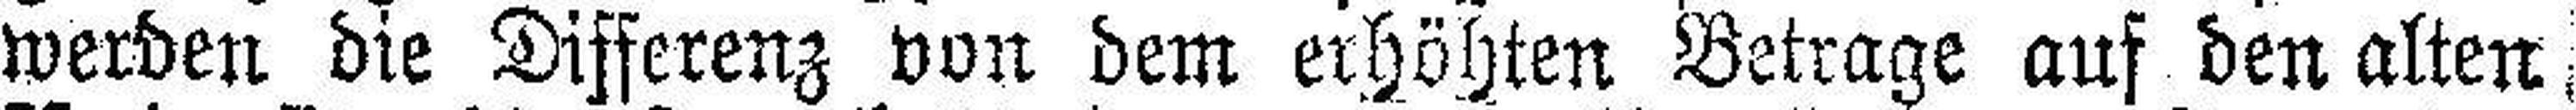
werden die Differenz von dem erhöhten Betrage auf den alten